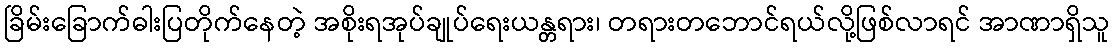
ခြိမ်းခြောက်ဓါးပြတိုက်နေတဲ့ အစိုးရအုပ်ချုပ်ရေးယန္တရား၊ တရားတဘောင်ရယ်လို့ဖြစ်လာရင် အာဏာရှိသူ